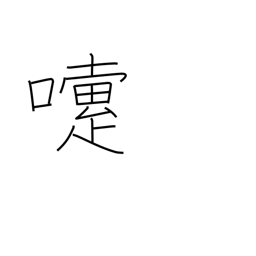
Meaning: sneeze